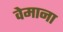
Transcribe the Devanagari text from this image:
वेमाना